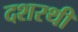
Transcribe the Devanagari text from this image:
दशरथी